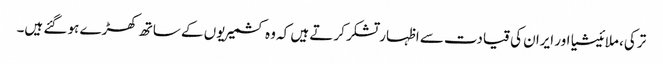
ترکی، ملائیشیا اور ایران کی قیادت سے اظہار تشکر کرتے ہیں کہ وہ کشمیریوں کے ساتھ کھڑے ہو گئے ہیں۔